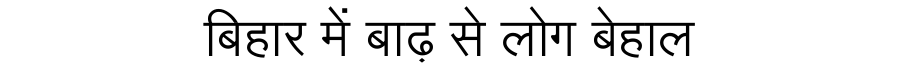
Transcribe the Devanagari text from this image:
बिहार में बाढ़ से लोग बेहाल